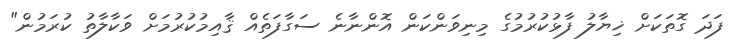
ފަދަ ގޮތަކަށް ޚިޔާލު ފާޅުކުރުމުގެ މިނިވަންކަން އޮންނާނެ ސަގާފަތެއް ޤާއިމުކުރުމަށް ވަކާލާތު ކުރަމުން"